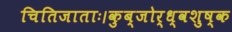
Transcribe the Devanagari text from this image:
चितिजाताः।कुब्जोर्ध्वशुष्क